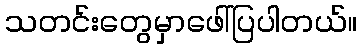
သတင်းတွေမှာဖေါ်ပြပါတယ်။